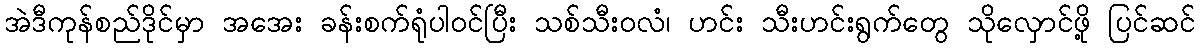
အဲဒီကုန်စည်ဒိုင်မှာ အအေး ခန်းစက်ရုံပါဝင်ပြီး သစ်သီးဝလံ၊ ဟင်း သီးဟင်းရွက်တွေ သိုလှောင်ဖို့ ပြင်ဆင်